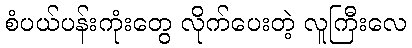
စံပယ်ပန်းကုံးတွေ လိုက်ပေးတဲ့ လူကြီးလေ